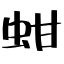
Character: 蚶